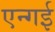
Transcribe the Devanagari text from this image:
एन्गई